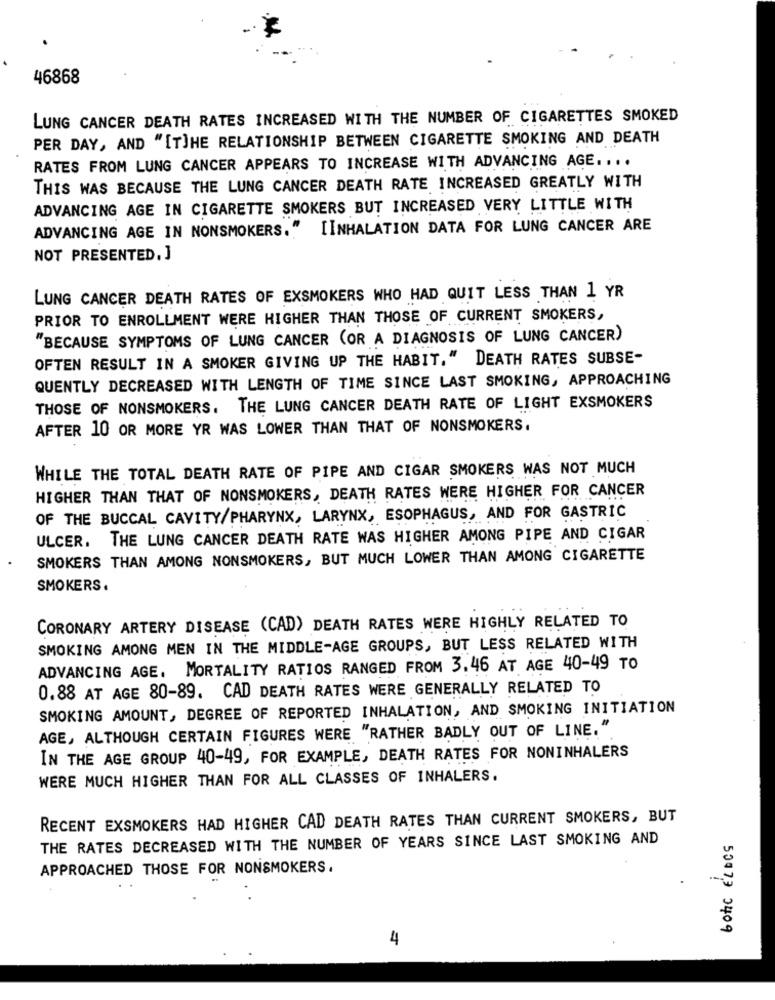
46868
LUNG CANCER DEATH RATES INCREASED WITH THE NUMBER OF CIGARETTES SMOKED
PER DAY, AND "[T]HE RELATIONSHIP BETWEEN CIGARETTE SMOKING AND DEATH
RATES FROM LUNG CANCER APPEARS TO INCREASE WITH ADVANCING AGE ....
THIS WAS BECAUSE THE LUNG CANCER DEATH RATE INCREASED GREATLY WITH
ADVANCING AGE IN CIGARETTE SMOKERS BUT INCREASED VERY LITTLE WITH
ADVANCING AGE IN NONSMOKERS." [INHALATION DATA FOR LUNG CANCER ARE
NOT PRESENTED, J
LUNG CANCER DEATH RATES OF EXSMOKERS WHO HAD QUIT LESS THAN 1 YR
PRIOR TO ENROLLMENT WERE HIGHER THAN THOSE OF CURRENT SMOKERS,
"BECAUSE SYMPTOMS OF LUNG CANCER (OR A DIAGNOSIS OF LUNG CANCER)
OFTEN RESULT IN A SMOKER GIVING UP THE HABIT." DEATH RATES SUBSE-
QUENTLY DECREASED WITH LENGTH OF TIME SINCE LAST SMOKING, APPROACHING
THOSE OF NONSMOKERS. THE LUNG CANCER DEATH RATE OF LIGHT EXSMOKERS
AFTER 10 OR MORE YR WAS LOWER THAN THAT OF NONSMOKERS.
WHILE THE TOTAL DEATH RATE OF PIPE AND CIGAR SMOKERS WAS NOT MUCH
HIGHER THAN THAT OF NONSMOKERS, DEATH RATES WERE HIGHER FOR CANCER
OF THE BUCCAL CAVITY/PHARYNX, LARYNX, ESOPHAGUS, AND FOR GASTRIC
ULCER. THE LUNG CANCER DEATH RATE WAS HIGHER AMONG PIPE AND CIGAR
SMOKERS THAN AMONG NONSMOKERS, BUT MUCH LOWER THAN AMONG CIGARETTE
SMOKERS.
CORONARY ARTERY DISEASE (CAD) DEATH RATES WERE HIGHLY RELATED TO
SMOKING AMONG MEN IN THE MIDDLE-AGE GROUPS, BUT LESS RELATED WITH
ADVANCING AGE. MORTALITY RATIOS RANGED FROM 3,46 AT AGE 40-49 TO
0.88 AT AGE 80-89. CAD DEATH RATES WERE GENERALLY RELATED TO
SMOKING AMOUNT, DEGREE OF REPORTED INHALATION, AND SMOKING INITIATION
AGE, ALTHOUGH CERTAIN FIGURES WERE "RATHER BADLY OUT OF LINE."
IN THE AGE GROUP 40-49, FOR EXAMPLE, DEATH RATES FOR NONINHALERS
WERE MUCH HIGHER THAN FOR ALL CLASSES OF INHALERS.
RECENT EXSMOKERS HAD HIGHER CAD DEATH RATES THAN CURRENT SMOKERS, BUT
THE RATES DECREASED WITH THE NUMBER OF YEARS SINCE LAST SMOKING AND
botic ELDES
APPROACHED THOSE FOR NONSMOKERS.
4